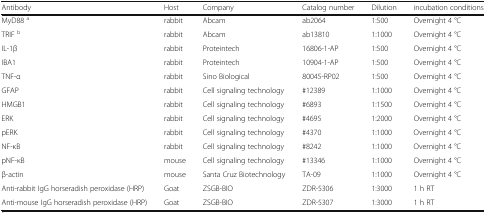
| Antibody | Host | Company | Catalog number | Dilution | incubation conditions |
 | --- | --- | --- | --- | --- | --- |
 | MyD88 a | rabbit | Abcam | ab2064 | 1:500 | Overnight 4 °C |
 | TRIF b | rabbit | Abcam | ab13810 | 1:1000 | Overnight 4 °C |
 | IL-1β | rabbit | Proteintech | 16806-1-AP | 1:500 | Overnight 4 °C |
 | IBA1 | rabbit | Proteintech | 10904-1-AP | 1:500 | Overnight 4 °C |
 | TNF-α | rabbit | Sino Biological | 80045-RP02 | 1:500 | Overnight 4 °C |
 | GFAP | rabbit | Cell signaling technology | #12389 | 1:1000 | Overnight 4 °C |
 | HMGB1 | rabbit | Cell signaling technology | #6893 | 1:1500 | Overnight 4 °C |
 | ERK | rabbit | Cell signaling technology | #4695 | 1:2000 | Overnight 4 °C |
 | pERK | rabbit | Cell signaling technology | #4370 | 1:1000 | Overnight 4 °C |
 | NF-κB | rabbit | Cell signaling technology | #8242 | 1:1000 | Overnight 4 °C |
 | pNF-κB | mouse | Cell signaling technology | #13346 | 1:1000 | Overnight 4 °C |
 | β-actin | mouse | Santa Cruz Biotechnology | TA-09 | 1:1000 | Overnight 4 °C |
 | Anti-rabbit IgG horseradish peroxidase (HRP) | Goat | ZSGB-BIO | ZDR-5306 | 1:3000 | 1 h RT |
 | Anti-mouse IgG horseradish peroxidase (HRP) | Goat | ZSGB-BIO | ZDR-5307 | 1:3000 | 1 h RT |